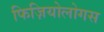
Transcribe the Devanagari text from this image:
फिज़ियोलोगस